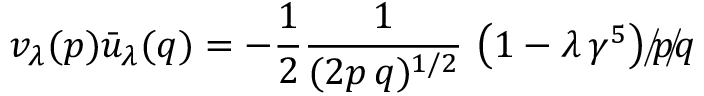
v _ { \lambda } ( p ) { \bar { u } } _ { \lambda } ( q ) = - \frac { 1 } { 2 } { \frac { 1 } { ( 2 p \, q ) ^ { 1 / 2 } } } \, \left( 1 - \lambda \, \gamma ^ { 5 } \right) p \llap { / } q \llap { / }